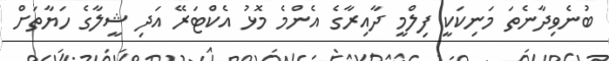
ބުނެވިދާނެތަ މަނިކަކީ ފިލްމީ ދާއިރާގެ އެންމެ މޮޅު އެކްޓަރޭ އަދި ޝީލާގެ ހަޔާތަށް